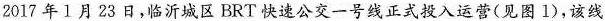
2017 年 1 月 2 3 日，临沂城区 BRT 快速公交一号线正式投入运营( 见 图 1 )，该线